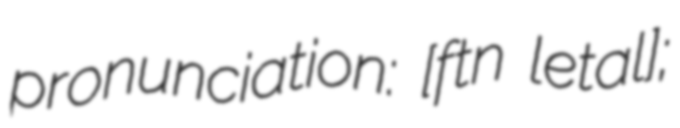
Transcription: pronunciation: ​[fɔ̃tɛn letalɔ̃];